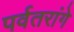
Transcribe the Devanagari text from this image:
पर्वतरांगे